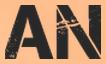
AN